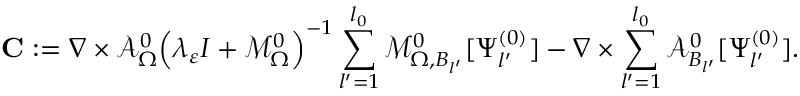
\mathbf { C } : = \nabla \times \mathcal { A } _ { \Omega } ^ { 0 } \Big ( \lambda _ { \varepsilon } I + \mathcal { M } _ { \Omega } ^ { 0 } \Big ) ^ { - 1 } \sum _ { l ^ { \prime } = 1 } ^ { l _ { 0 } } \mathcal { M } _ { \Omega , B _ { l ^ { \prime } } } ^ { 0 } [ \Psi _ { l ^ { \prime } } ^ { ( 0 ) } ] - \nabla \times \sum _ { l ^ { \prime } = 1 } ^ { l _ { 0 } } \mathcal { A } _ { B _ { l ^ { \prime } } } ^ { 0 } [ \Psi _ { l ^ { \prime } } ^ { ( 0 ) } ] .